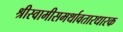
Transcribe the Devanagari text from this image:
श्रीस्वामीसमर्थावतारधारक